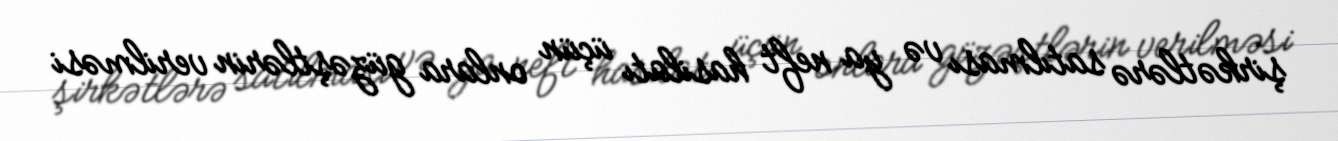
şirkətlərə satılması və ya neft hasilatı üçün onlara güzəştlərin verilməsi